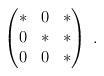
LaTeX: \begin{align*} \begin{pmatrix}* & 0 & *\\ 0 & * & *\\ 0 & 0 & * \end{pmatrix}\;.\end{align*}